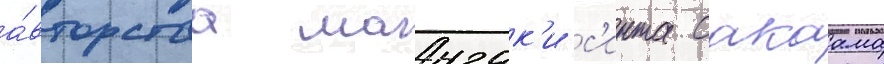
а́вторства мангак'и с'инта сакаама